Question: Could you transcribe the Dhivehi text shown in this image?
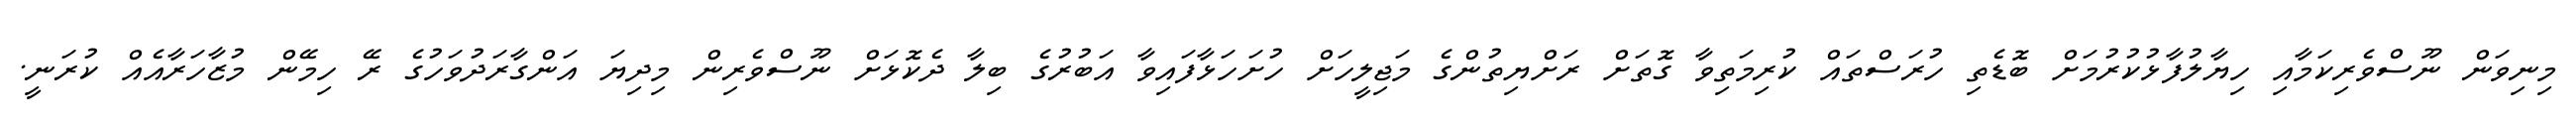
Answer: މިނިވަން ނޫސްވެރިކަމާއި ހިޔާލުފާޅުކުރުމަށް ބޮޑެތި ހުރަސްތައް ކުރިމަތިވާ ގޮތަށް ރަށްޔިތުންގެ މަޖިލީހަށް ހުށަހަޅާފައިވާ އަބުރުގެ ބިލާ ދެކޮޅަށް ނޫސްވެރިން މިދިޔަ އަންގާރަދުވަހުގެ ރޭ ހިމޭން މުޒާހަރާއެއް ކުރަނީ.